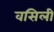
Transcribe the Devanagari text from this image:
वसिली